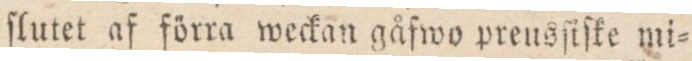
ſlutet af förra weckan gåfwo preusſiſke mi=